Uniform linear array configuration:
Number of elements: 32
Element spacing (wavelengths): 0.75
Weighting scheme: uniform
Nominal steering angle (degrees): -60
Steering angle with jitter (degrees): -58.149
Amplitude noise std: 0.05
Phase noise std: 0.05

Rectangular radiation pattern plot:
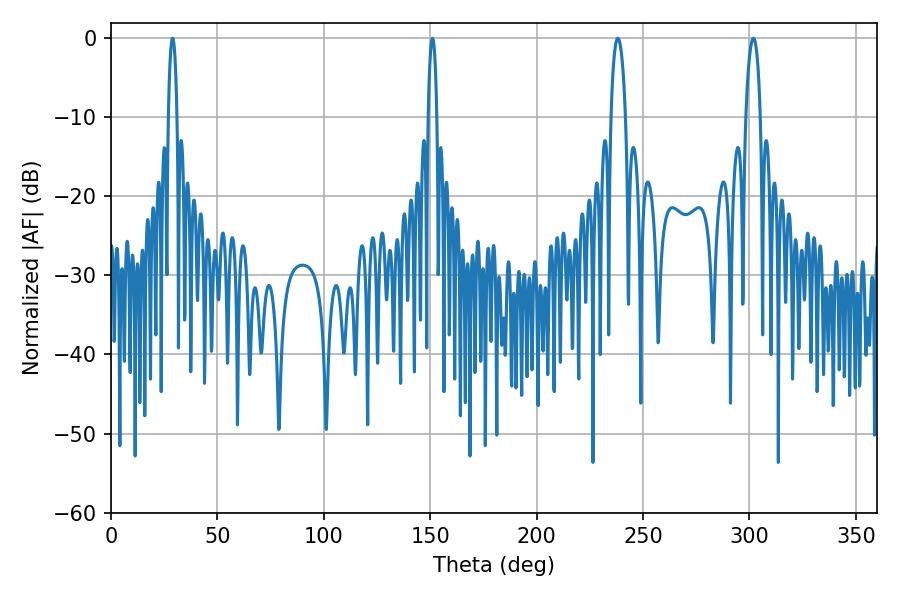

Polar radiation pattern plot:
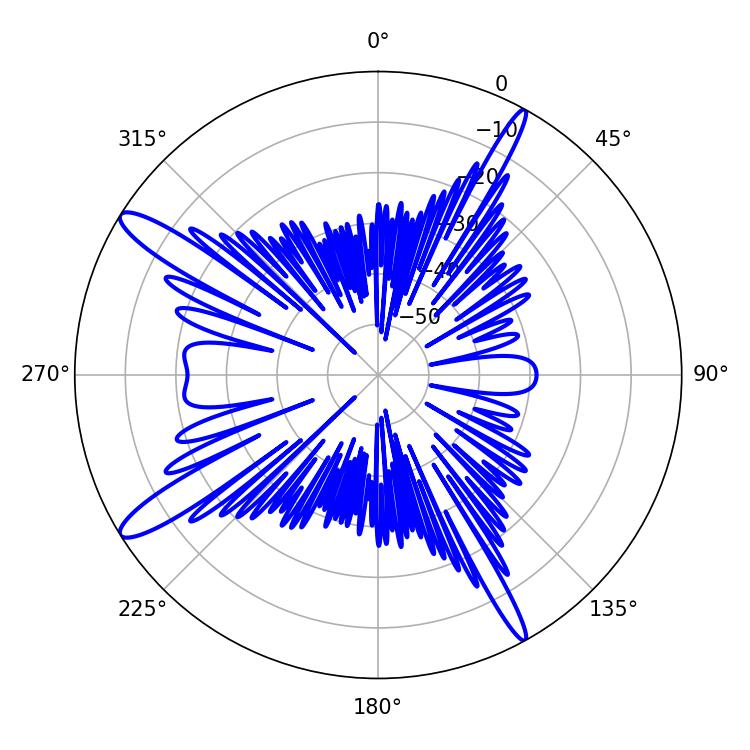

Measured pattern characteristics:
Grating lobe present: TRUE
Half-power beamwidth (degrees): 3.78
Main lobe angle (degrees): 238.14